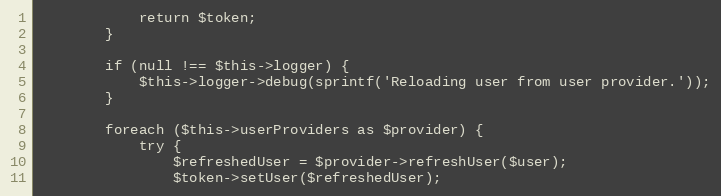
Language: PHP
            return $token;
        }

        if (null !== $this->logger) {
            $this->logger->debug(sprintf('Reloading user from user provider.'));
        }

        foreach ($this->userProviders as $provider) {
            try {
                $refreshedUser = $provider->refreshUser($user);
                $token->setUser($refreshedUser);